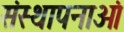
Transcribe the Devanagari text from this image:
संस्‍थापनाओं